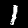
Digit: 1